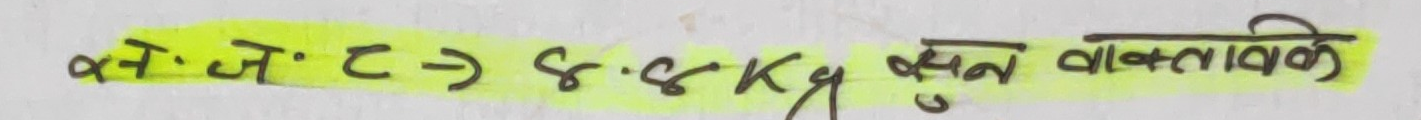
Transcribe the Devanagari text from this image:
अंजो.ट → ४८ Kg बुन बाक्तावली